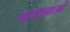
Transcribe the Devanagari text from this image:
बह्वानाओं